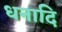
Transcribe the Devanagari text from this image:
धनादि